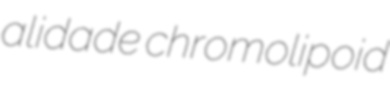
alidade chromolipoid